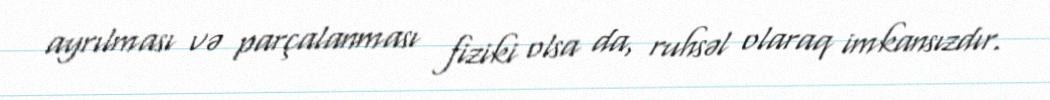
ayrılması və parçalanması fiziki olsa da, ruhsəl olaraq imkansızdır.